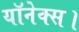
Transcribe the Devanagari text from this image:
यॉनेक्स।